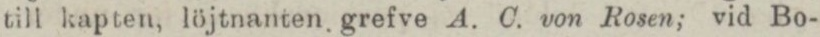
till kapten, löjtnanten grefve A. C. von Rosen; vid Bo-